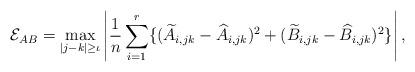
LaTeX: \begin{align*}\mathcal{E}_{AB}=\max_{|j-k|\geq\iota}\left|\frac{1}{n}\sum^{r}_{i=1}\{(\widetilde{A}_{i,jk}-\widehat{A}_{i,jk})^2+(\widetilde{B}_{i,jk}-\widehat{B}_{i,jk})^2\}\right|,\end{align*}